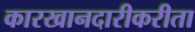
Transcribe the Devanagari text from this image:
कारखानदारीकरीता